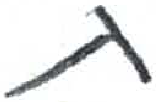
אות: ת